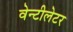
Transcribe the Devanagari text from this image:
वेन्टीलेटर